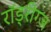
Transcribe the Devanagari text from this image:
रॉड्रीग्ज